Report of the Indian Hemp Drugs Commission, 1894-1895 - Volume IV
Year: 1894
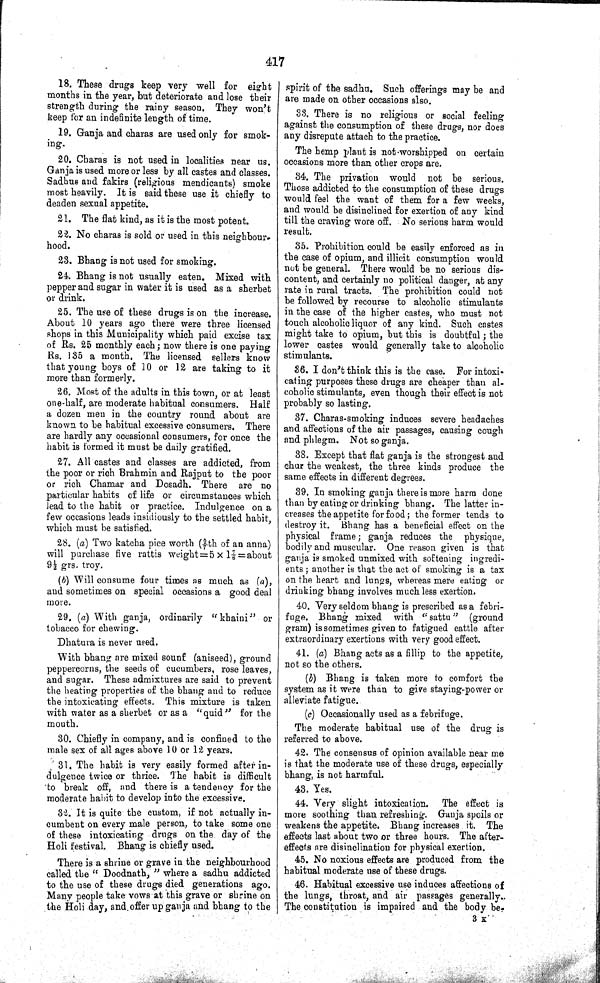
417
18. These drugs keep very well for eight
months in the year, but deteriorate and lose their
strength during the rainy season. They won't
keep for an indefinite length of time.
19. Ganja and charas are used only for smok-
ing.
20. Charas is not used in localities near us.
Ganja is used more or less by all castes and classes.
Sadhus and fakirs (religious mendicants) smoke
most heavily. It is said these use it chiefly to
deaden sexual appetite.
21. The flat kind, as it is the most potent.
22. No charas is sold or used in this neighbour-
hood.
23. Bhang is not used for smoking.
24. Bhang is not usually eaten. Mixed with
pepper and sugar in water it is used as a sherbet
or drink.
25. The use of these drugs is on the increase.
About 10 years ago there were three licensed
shops in this Municipality which paid excise tax
of Rs. 25 monthly each; now there is one paying
Rs. 135 a month. The licensed sellers know
that young boys of 10 or 12 are taking to it
more than formerly.
26. Most of the adults in this town, or at least
one-half, are moderate habitual consumers. Half
a dozen men in the country round about are
known to be habitual excessive consumers. There
are hardly any occasional consumers, for once the
habit is formed it must be daily gratified.
27. All castes and classes are addicted, from
the poor or rich Brahmin and Rajput to the poor
or rich Chamar and Dosadh. There are no
particular habits of life or circumstances which
lead to the habit or practice. Indulgence on a
few occasions leads insidiously to the settled habit,
which must be satisfied.
28. (a) Two katcha pice worth (2/7th of an anna)
will purchase five rattis weight = 5 X 1 7/8 = about
9½ grs. troy.
(b) Will consume four times as much as (a),
and sometimes on special occasions a good deal
more.
29. (a) With ganja, ordinarily "khaini" or
tobacco for chewing.
Dhatura is never used.
With bhang are mixed sounf (aniseed), ground
peppercorns, the seeds of cucumbers, rose leaves,
and sugar. These admixtures are said to prevent
the heating properties of the bhang and to reduce
the intoxicating effects. This mixture is taken
with water as a sherbet or as a "quid" for the
mouth.
30. Chiefly in company, and is confined to the
male sex of all ages above 10 or 12 years.
31. The habit is very easily formed after in-
dulgence twice or thrice. The habit is difficult
to break off, and there is a tendency for the
moderate habit to develop into the excessive.
32. It is quite the custom, if not actually in-
cumbent on every male person, to take some one
of these intoxicating drugs on the day of the
Holi festival. Bhang is chiefly used.
There is a shrine or grave in the neighbourhood
called the "Doodnath," where a sadhu addicted
to the use of these drugs died generations ago.
Many people take vows at this grave or shrine on
the Holi day, and offer up ganja and bhang to the
spirit of the sadhu. Such offerings may be and
are made on other occasions also.
33. There is no religious or social feeling
against the consumption of these drugs, nor does
any disrepute attach to the practice.
The hemp plant is not worshipped on certain
occasions more than other crops are.
34. The privation would not be serious.
Those addicted to the consumption of these drugs
would feel the want of them for a few weeks,
and would be disinclined for exertion of any kind
till the craving wore off. No serious harm would
result.
35. Prohibition could be easily enforced as in
the case of opium, and illicit consumption would
not be general. There would be no serious dis-
content, and certainly no political danger, at any
rate in rural tracts. The prohibition could not
be followed by recourse to alcoholic stimulants
in the case of the higher castes, who must not
touch alcoholic liquor of any kind. Such castes
might take to opium, but this is doubtful; the
lower castes would generally take to alcoholic
stimulants.
36. I don't think this is the case. For intoxi-
cating purposes these drugs are cheaper than al-
coholic stimulants, even though their effect is not
probably so lasting.
37. Charas-smoking induces severe headaches
and affections of the air passages, causing cough
and phlegm. Not so ganja.
38. Except that flat ganja is the strongest and
chur the weakest, the three kinds produce the
same effects in different degrees.
39. In smoking ganja there is more harm done
than by eating or drinking bhang. The latter in-
creases the appetite for food; the former tends to
destroy it. Bhang has a beneficial effect on the
physical frame; ganja reduces the physique,
bodily and muscular. One reason given is that
ganja is smoked unmixed with softening ingredi-
ents; another is that the act of smoking is a tax
on the heart and lungs, whereas mere eating or
drinking bhang involves much less exertion.
40. Very seldom bhang is prescribed as a febri-
fuge. Bhang mixed with "sattu" (ground
gram) is sometimes given to fatigued cattle after
extraordinary exertions with very good effect.
41. (a) Bhang acts as a fillip to the appetite,
not so the others.
(b) Bhang is taken more to comfort the
system as it were than to give staying-power or
alleviate fatigue.
(c) Occasionally used as a febrifuge.
The moderate habitual use of the drug is
referred to above.
42. The consensus of opinion available near me
is that the moderate use of these drugs, especially
bhang, is not harmful.
43. Yes.
44. Very slight intoxication. The effect is
more soothing than refreshing. Ganja spoils or
weakens the appetite. Bhang increases it. The
effects last about two or three hours. The after-
effects are disinclination for physical exertion.
45. No noxious effects are produced from the
habitual moderate use of these drugs.
46. Habitual excessive use induces affections of
the lungs, throat, and air passages generally.,
The constitution is impaired and the body be-
3 K